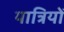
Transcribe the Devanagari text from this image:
यात्रियोँ